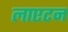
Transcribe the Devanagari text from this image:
लाएटन